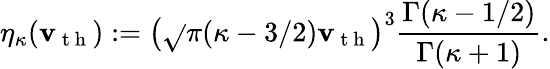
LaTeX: \eta_{\kappa}(\mathbf{v}_{\mathrm{{~t~h~}}})\mathrel{\mathop:}=\left(\sqrt{}{{\pi(\kappa-3/2)}}\mathbf{v}_{\mathrm{{~t~h~}}}\right)^{3}\frac{{\Gamma(\kappa-1/2)}}{{\Gamma(\kappa+1)}}.